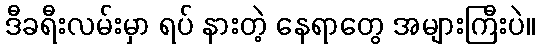
ဒီခရီးလမ်းမှာ ရပ် နားတဲ့ နေရာတွေ အများကြီးပဲ။